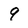
Character: 9